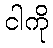
ငါကို